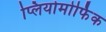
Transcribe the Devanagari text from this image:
प्लियोमोर्फिक